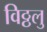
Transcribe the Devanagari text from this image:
विठ्ठलु